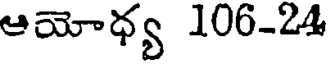
ఆయోధ్య 106-24